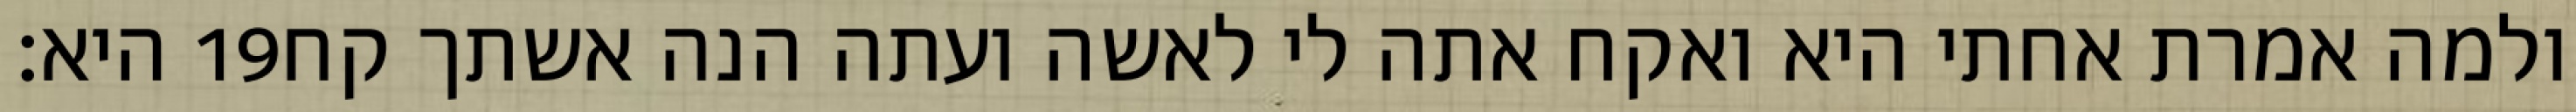
היא׃ ‎19‏ ולמה אמרת אחתי היא ואקח אתה לי לאשה ועתה הנה אשתך קח